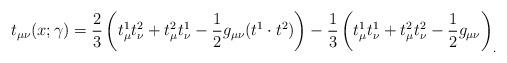
LaTeX: \begin{align*}t_{\mu\nu}(x;\gamma) ={2\over3}\left( t^1_\mu t^2_\nu + t^2_\mu t^1_\nu - {1\over2} g_{\mu\nu} (t^1\cdot t^2) \right)-{1\over3}\left(t^1_\mu t^1_\nu + t^2_\mu t^2_\nu -{1\over2} g_{\mu\nu} \right)_.\end{align*}